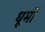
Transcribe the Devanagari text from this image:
धूमों